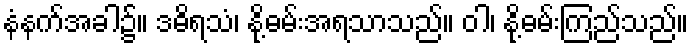
နံနက်အခါ၌။ ဒဓိရသံ၊ နို့ဓမ်းအရသာသည်။ ဝါ၊ နို့ဓမ်းကြည်သည်။